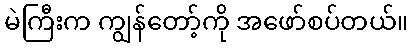
မဲကြီးက ကျွန်တော့်ကို အဖော်စပ်တယ်။